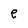
Character: e